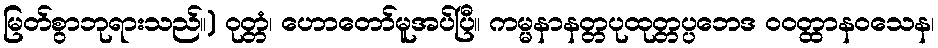
မြတ်စွာဘုရားသည်။) ဝုတ္တံ၊ ဟောတော်မူအပ်ပြီ။ ကမ္မနာနတ္တပုထုတ္တပ္ပဘေဒ ဝဝတ္ထာနဝသေန၊